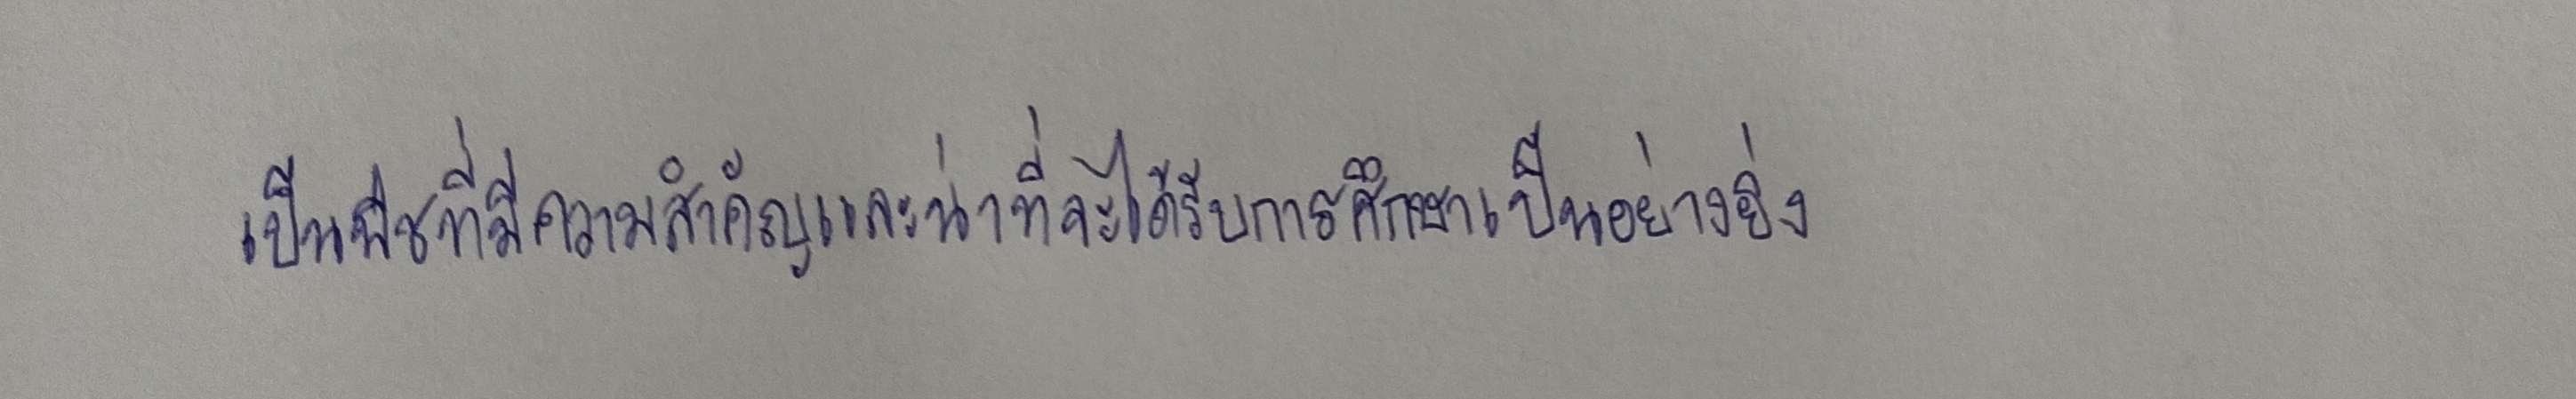
เป็นพืชที่มีความสำคัญและน่าที่จะได้รับการศึกษาเป็นอย่างยิ่ง